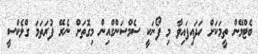
ބެޓްމޭން ތީމަކަށް ހަދައިފައިވާ މި ފޯނަކީ ސެމްސަންގްއިން މިގޮތަށް ނެރޭ ފުރަތަމަ ގްލެކްސީ